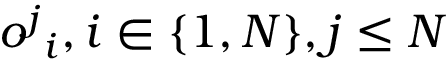
{ o ^ { j } } _ { i } , i \in \{ 1 , N \} , j \le N